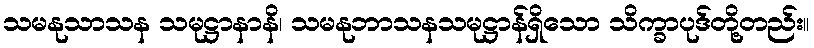
သမနုသာသန သမုဋ္ဌာနာနိ၊ သမနုဘာသနသမုဋ္ဌာန်ရှိသော သိက္ခာပုဒ်တို့တည်း။